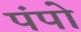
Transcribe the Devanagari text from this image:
पंपो